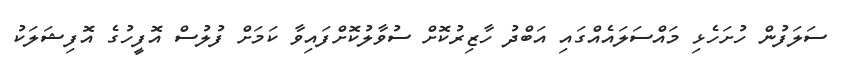
ސަލަފުން ހުށަހެޅި މައްސަލައެއްގައި އަބްދު ހާޒިރުކޮށް ސުވާލުކޮށްފައިވާ ކަމަށް ފުލުސް އޮފީހުގެ އޮފިޝަލަކު